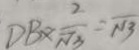
D B \times \frac { 2 } { \sqrt { 3 } } = \sqrt { 1 3 }